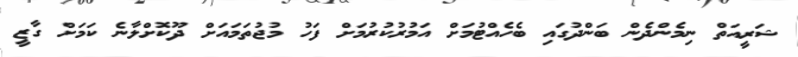
ޝަރީއަތް ނިމެންދެން ބަންދުގައި ބެހެއްޓުމަށް އަމުރުކުރުމަށް ފަހު މުޖުތަމައަށް ދޫކޮށްލާނެ ކަމަށް ގާޒީ